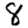
Digit: 8